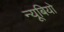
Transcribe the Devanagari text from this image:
न्यूबियो